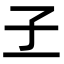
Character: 𡤽